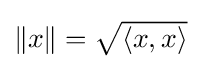
{\textstyle \|x\|={\sqrt {\langle x,x\rangle }}}